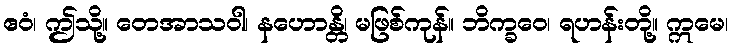
ဧဝံ၊ ဤသို့။ တေအာသဝါ၊ နဟောန္တိ၊ မဖြစ်ကုန်။ ဘိက္ခဝေ၊ ရဟန်းတို့။ ဣမေ၊